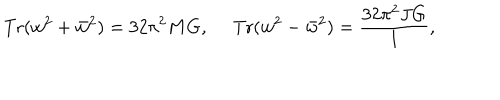
LaTeX: \mathrm { T r } ( w ^ { 2 } + \bar { w } ^ { 2 } ) = 3 2 \pi ^ { 2 } M G , \ \mathrm { T r } ( w ^ { 2 } - \bar { w } ^ { 2 } ) = { \frac { 3 2 \pi ^ { 2 } J G } { l } } ,